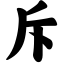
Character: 斥